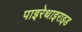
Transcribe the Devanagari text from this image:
पाइरेथाइराइड